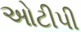
ઓટીપી